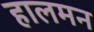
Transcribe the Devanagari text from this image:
हालमन